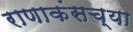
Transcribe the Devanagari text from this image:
राणाकंसच्या